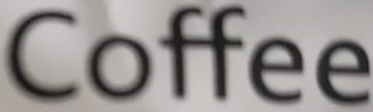
Coffee